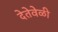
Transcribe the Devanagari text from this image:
देतेवेळी